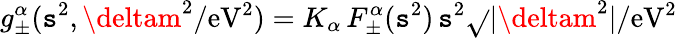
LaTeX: g_{\pm}^{\alpha}(\mathtt{s}^{2},\deltam^{2}/\mathrm{{eV}}^{2})=K_{\alpha}\, F_{\pm}^{\alpha}(\mathtt{s}^{2})\, \mathtt{s}^{2}\sqrt{}{{|\deltam^{2}|/\mathrm{{eV}}^{2}}}